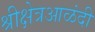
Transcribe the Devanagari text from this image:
श्रीक्षेत्रआळंदी